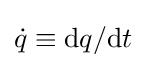
{\dot {q}}\equiv \mathrm {d} q/\mathrm {d} t